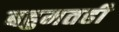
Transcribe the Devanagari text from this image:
बहुमतही